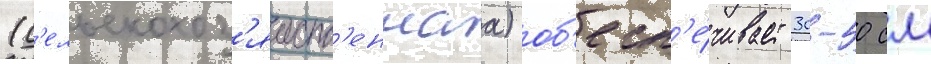
(с'ельскохоз'яиств'еннаа) об'есп'е́чивает 30-50 см